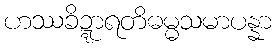
ဟဿခိဍ္ဍာရတိဓမ္မသမာပန္နာ